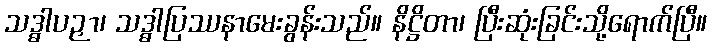
သဒ္ဓါပဉှာ၊ သဒ္ဓါပြဿနာမေးခွန်းသည်။ နိဋ္ဌိတာ၊ ပြီးဆုံးခြင်းသို့ရောက်ပြီ။